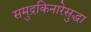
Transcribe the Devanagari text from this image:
समुद्रकिनारेसुद्धा